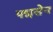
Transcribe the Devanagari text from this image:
पद्मसेन